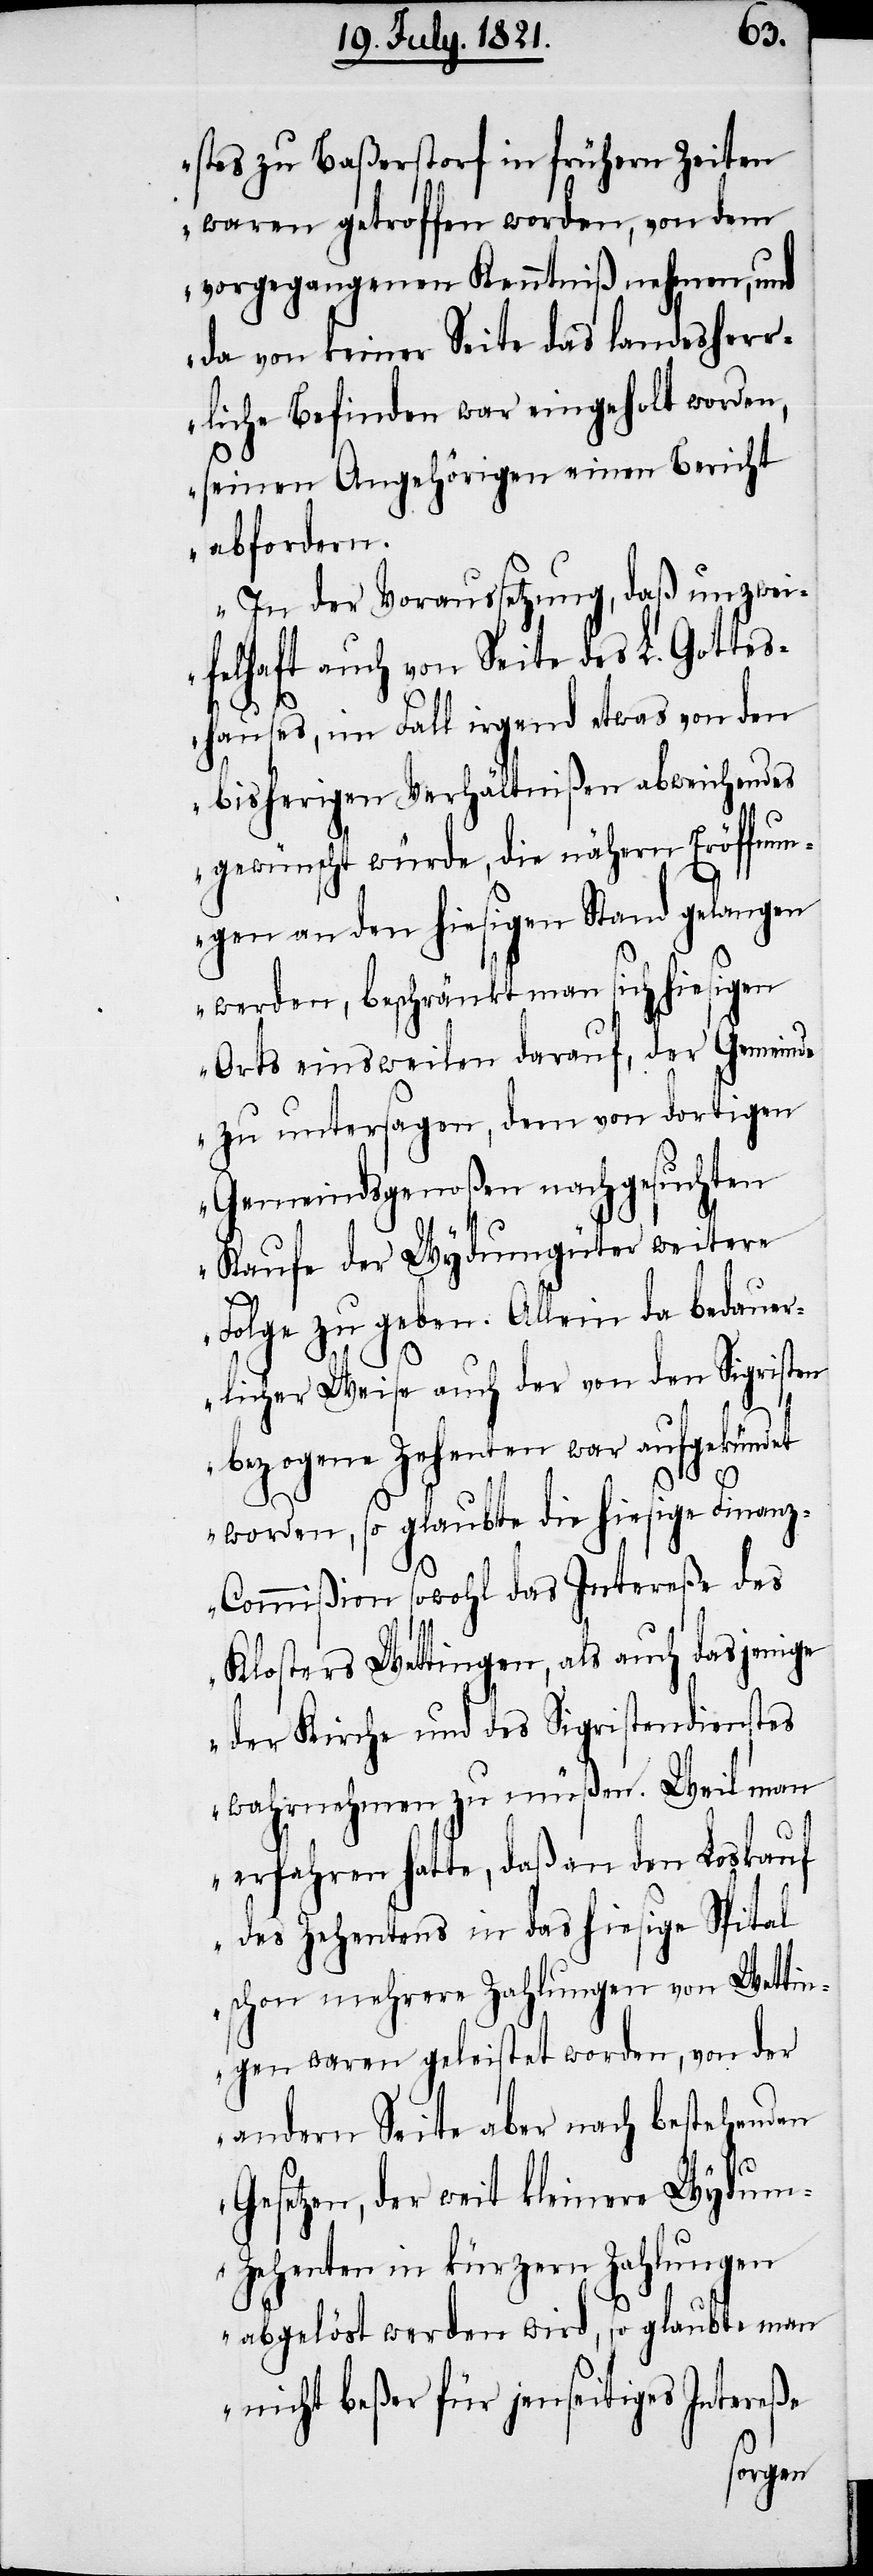
stes zu Baßerstorf in frühern Zeiten
waren getroffen worden, von dem
vorgegangenen Kenntniß nehmen, und
da von keiner Seite das landesher¬
rliche Befinden war eingeholt worden,
seinen Angehörigen einen Bericht
abfordern.
In der Voraussetzung, daß unzwei¬
felhaft auch von Seite des L. Gottes¬
hauses, im Fall irgend etwas von den
bisherigen Verhältnißen abweichendes
gewünscht würde, die nähern Eröffnun¬
gen an den hiesigen Stand gelangen
werden, beschränkt man sich hiesigen
Orts einsweilen darauf, der Gemeinde
zu untersagen, dem von dortigen
Gemeindsgenoßen nachgesuchten
Kaufe der Wydumgüter weitere
Folge zu geben. Allein da bedauer¬
licher Weise auch der von den Sigristen
bezogene Zehenten war aufgekündet
worden, so glaubte die hiesige Finan¬
z-Commißion sowohl das Intereße des
Klosters Wettingen, als auch dasjenige
der Kirche und des Sigristendienstes
wahrnehmen zu müßen. Weil man
erfahren hatte, daß an den Loskauf
des Zehentens in das hiesige Spital
schon mehrere Zahlungen von Wettin¬
gen waren geleistet worden, von der
andern Seite aber nach bestehenden
Gesetzen, der weit kleinere Wydum-Z¬
ehenten in kürzern Zahlungen
abgelöst werden wird, so glaubte man
nicht beßer für jenseitiges Intereße